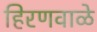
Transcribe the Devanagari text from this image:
हिरणवाळे